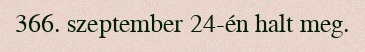
366. szeptember 24-én halt meg.